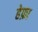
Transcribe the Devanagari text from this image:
हेफ़ा